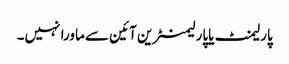
پارلیمنٹ یاپارلیمنٹرین آئین سے ماورا نہیں۔